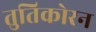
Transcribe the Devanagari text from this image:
तुतिकोरन